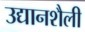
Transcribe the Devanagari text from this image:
उद्यानशैली